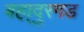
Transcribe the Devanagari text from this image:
बहा्दुरगड